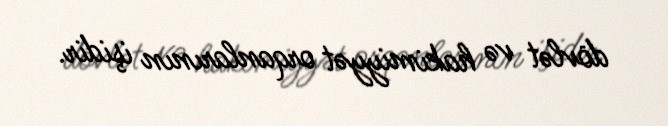
dövlət və hakimiyyət orqanlarının işidir.